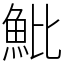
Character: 魮